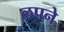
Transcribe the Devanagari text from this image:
लपने